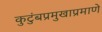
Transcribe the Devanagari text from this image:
कुटुंबप्रमुखाप्रमाणे